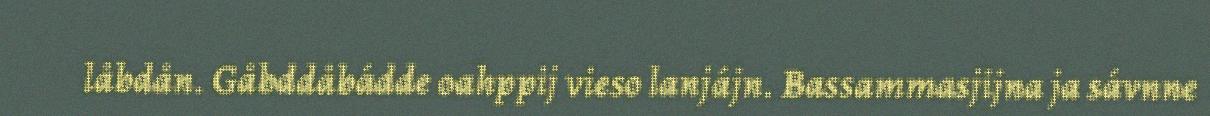
låbdån. Gåbddåbádde oahppij vieso lanjájn. Bassammasjijna ja sávnne